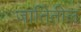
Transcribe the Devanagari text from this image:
जातितील